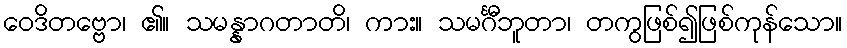
ဝေဒိတဗ္ဗော၊ ၏။ သမန္နာဂတာတိ၊ ကား။ သမင်္ဂီဘူတာ၊ တကွဖြစ်၍ဖြစ်ကုန်သော။